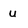
Character: u